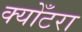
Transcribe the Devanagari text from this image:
क्योँटरा